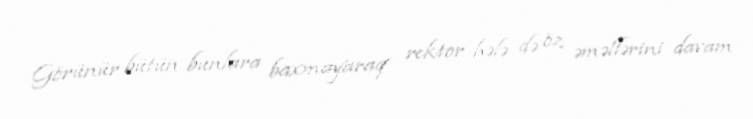
Görünür bütün bunlara baxmayaraq rektor hələ də öz əməllərini davam